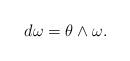
LaTeX: \begin{align*}d\omega=\theta\wedge\omega.\end{align*}